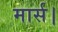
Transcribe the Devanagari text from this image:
मार्स।